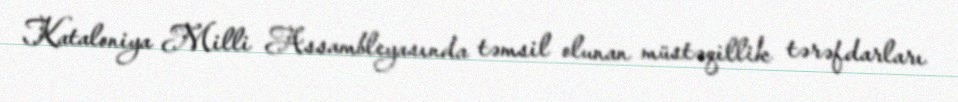
Kataloniya Milli Assambleyasında təmsil olunan müstəqillik tərəfdarları